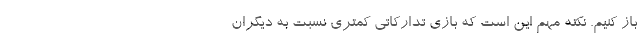
باز کنیم. نکته مهم این است که بازی تدارکاتی کمتری نسبت به دیگران